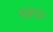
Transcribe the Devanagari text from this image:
तज्ञाद्वारे